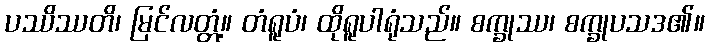
ပဿိဿတိ၊ မြင်လတ္တံ့။ တံရူပံ၊ ထိုရူပါရုံသည်။ စက္ခုဿ၊ စက္ခုပသဒ၏။